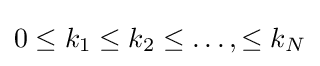
0\leq k_{1}\leq k_{2}\leq \dots ,\leq k_{N}